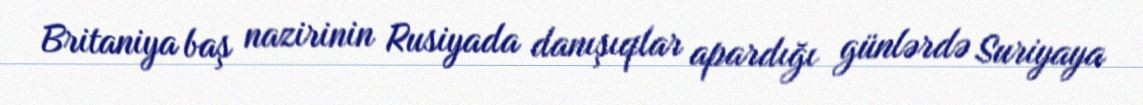
Britaniya baş nazirinin Rusiyada danışıqlar apardığı günlərdə Suriyaya